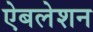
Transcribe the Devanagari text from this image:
ऐबलेशन